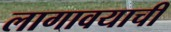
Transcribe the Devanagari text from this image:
लागावयाची